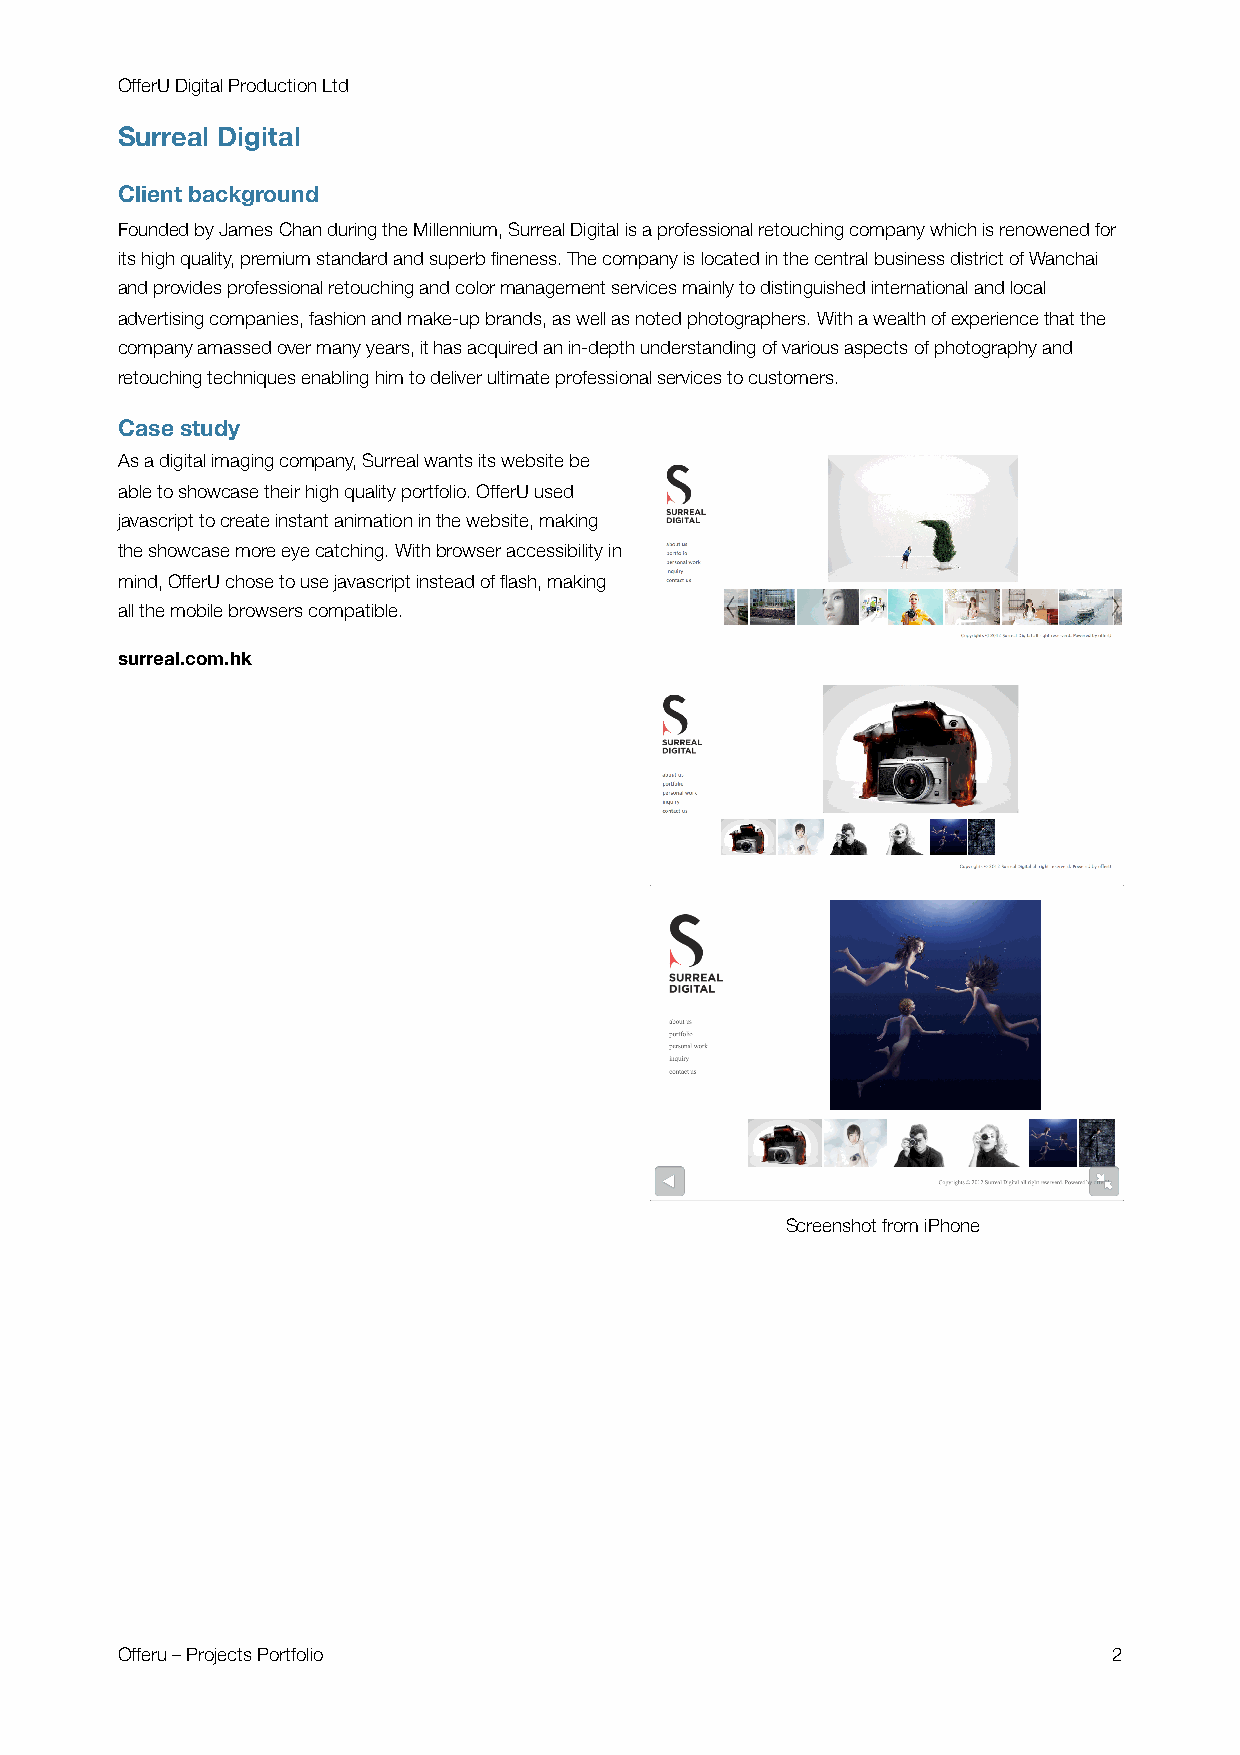
OfferU Digital Production Ltd
 Surreal Digital
 Client background
 Founded by James Chan during the Millennium, Surreal Digital is a professional retouching company which is renowened for
 its high quality, premium standard and superb fineness. The company is located in the central business district of Wanchai
 and provides professional retouching and color management services mainly to distinguished international and local
 advertising companies, fashion and make-up brands, as well as noted photographers. With a wealth of experience that the
 company amassed over many years, it has acquired an in-depth understanding of various aspects of photography and
 retouching techniques enabling him to deliver ultimate professional services to customers.
 Case study
 As a digital imaging company, Surreal wants its website be
 able to showcase their high quality portfolio. OfferU used
 javascript to create instant animation in the website, making
 the showcase more eye catching. With browser accessibility in
 mind, OfferU chose to use javascript instead of flash, making
 all the mobile browsers compatible.
 surreal.com.hk
 Screenshot from iPhone
 Offeru – Projects Portfolio                                       2